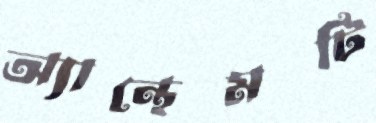
অ্যান্থেমটি